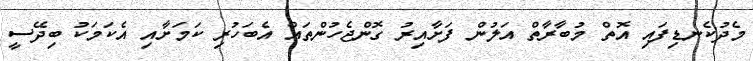
މެދުކެނޑިފައި އޮތް މުބާރާތް އަލުން ފަށާއިރު ގޮންޖެހުންތައް އެބަހުރި ކަމަށާއި އެކަމަކު ބިދޭސީ